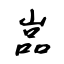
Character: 嵓